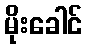
မိုးခေါင်